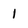
Character: 1